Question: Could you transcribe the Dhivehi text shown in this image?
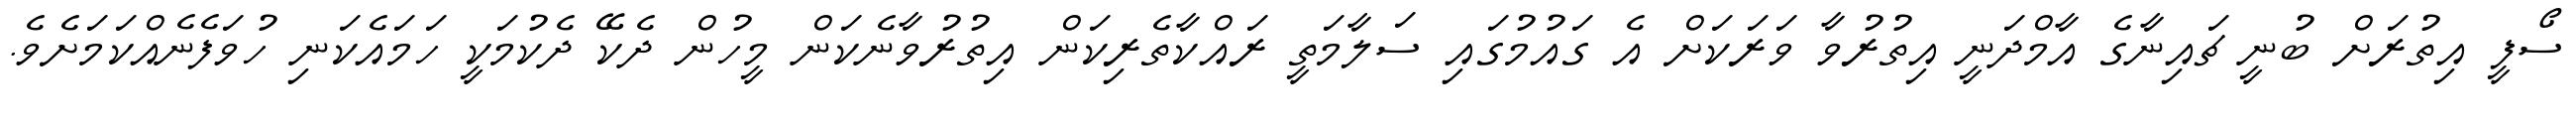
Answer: ސޯފީ އިތުރަށް ބުނީ ޗައިނާގެ އާމްދަނީ އިތުރުވާ ވަރަކަށް އެ ގައުމުގައި ސަލާމަތީ ރައްކާތެރިކަން އިތުރުވާނެކަން މީހުން ދެކޭ ދެކުމަކީ ހަމައެކަނި ހުވަފެނެއްކަމަށެވެ.